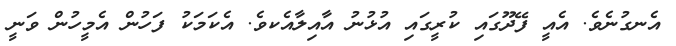
އެނގުނެވެ. އެއީ ފޭދޫގައި ކުރީގައި އުޅުނު އާއިލާއެކވެ. އެކަމަކު ފަހުން އެމީހުން ވަނީ